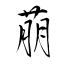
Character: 萠